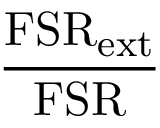
\frac { \mathrm { F S R } _ { \mathrm { e x t } } } { \mathrm { F S R } }